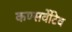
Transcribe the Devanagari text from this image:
कण्सर्वेटिव